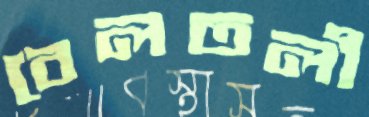
বেলতলী